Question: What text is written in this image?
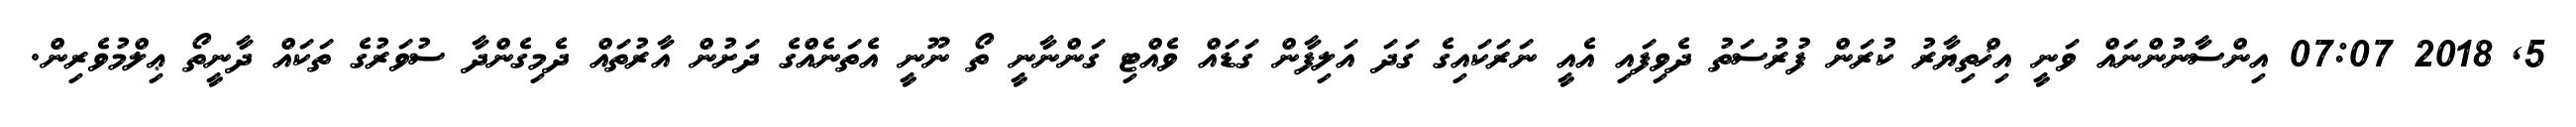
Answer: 5, 2018 07:07 އިންސާނުންނައް ވަނީ އިޚްތިޔާރު ކުރަން ފުރުސަތު ދެވިފައި އެއީ ނަރަކައިގެ ގަދަ އަލިފާން ގަޑައް ވެއްޓި ގަންނާނީ ތޯ ނޫނީ އެތަނެއްގެ ދަށުން އާރުތައް ދެމިގެންދާ ސުވަރުގެ ތަކައް ދާނީތޯ ޢިލްމުވެރިން.